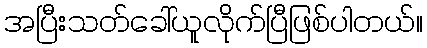
အပြီးသတ်ခေါ်ယူလိုက်ပြီဖြစ်ပါတယ်။